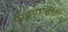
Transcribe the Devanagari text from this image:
प्राकृतातील